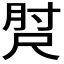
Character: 𡬰